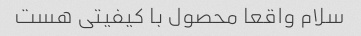
سلام واقعا محصول با کیفیتی هست